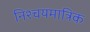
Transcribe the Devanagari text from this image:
निश्चयमात्रिक